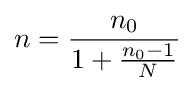
n={\frac {n_{0}}{1+{\frac {n_{0}-1}{N}}}}